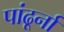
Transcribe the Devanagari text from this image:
पांढूर्ना